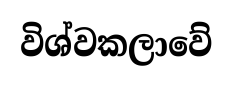
විශ්වකලාවේ